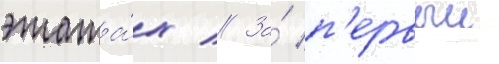
этажа́х // За́ п'ервыи